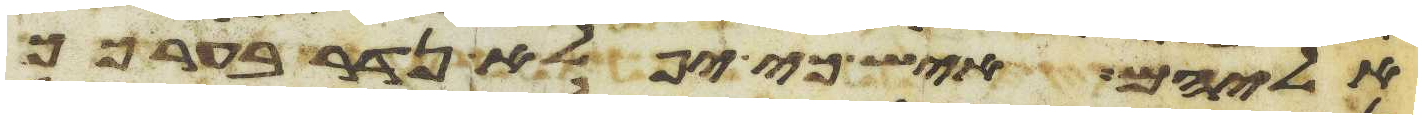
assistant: אליהם איש כי יפלא נדר בערכך